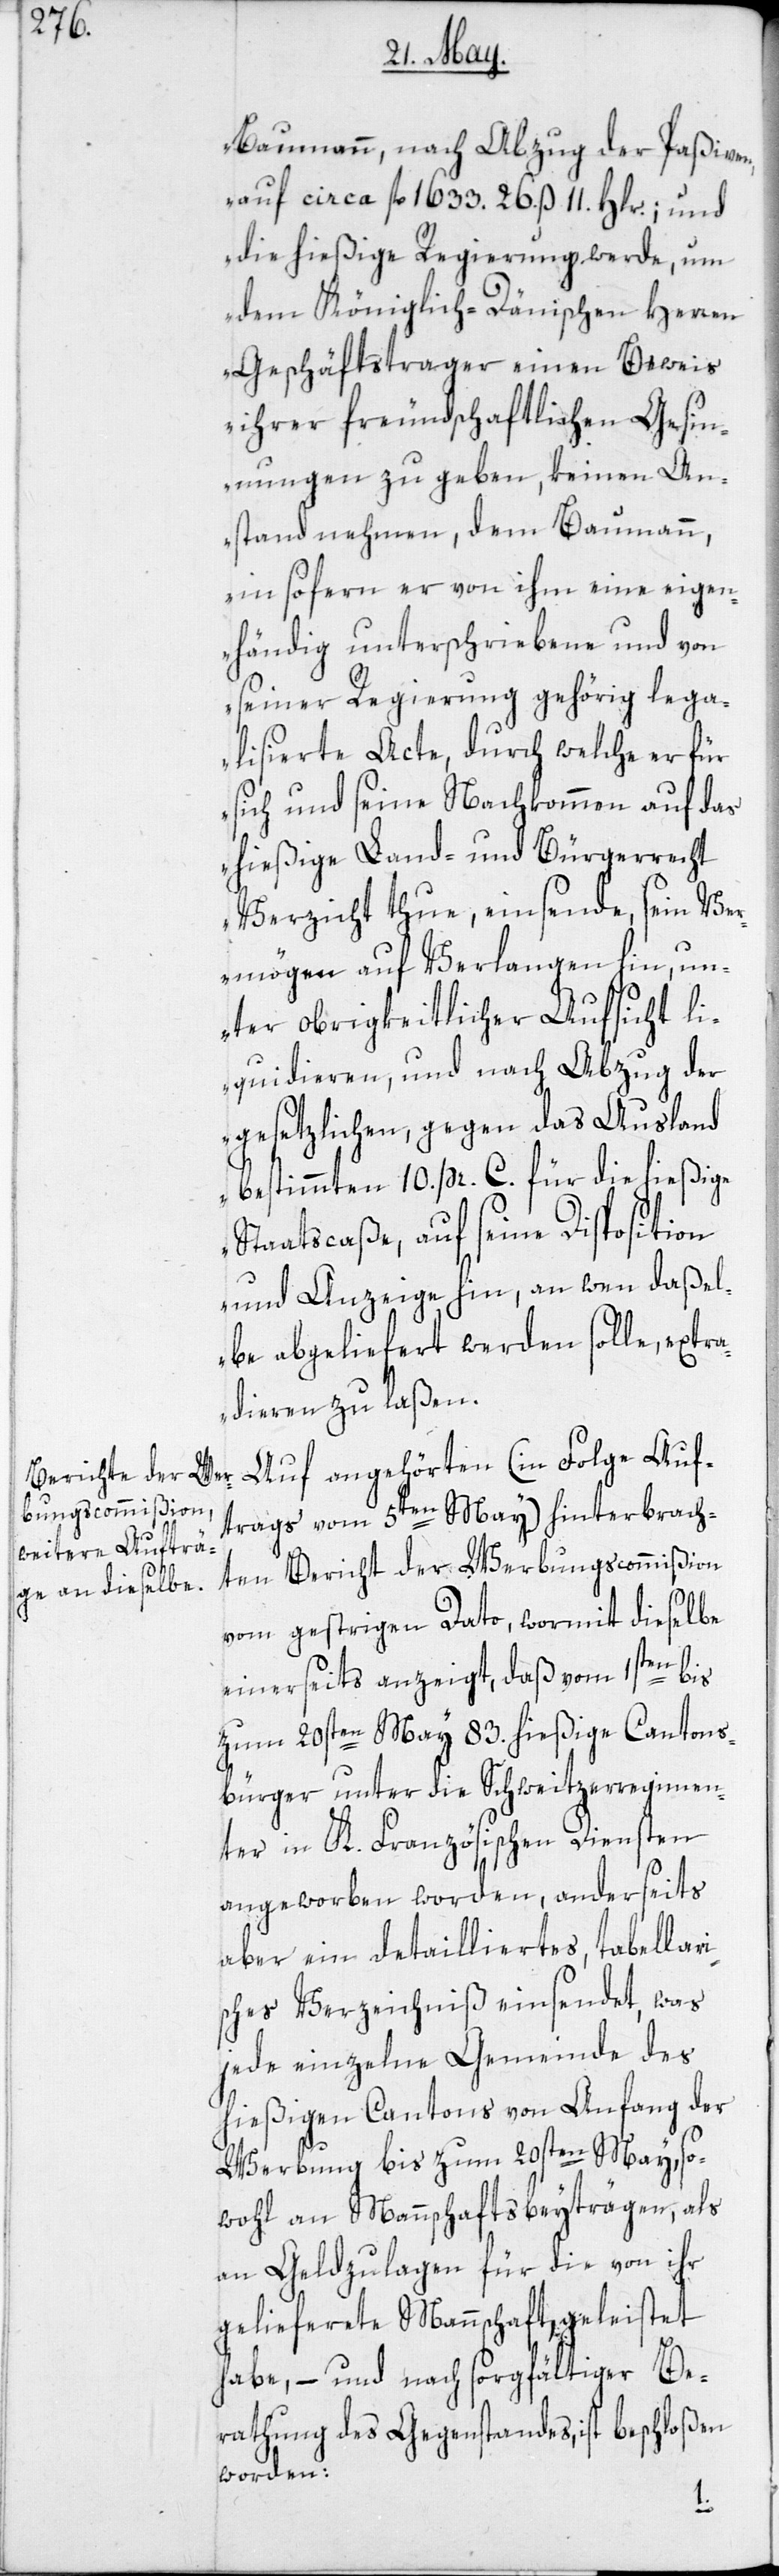
Baumann, nach Abzug der Paßiven,
auf circa fl. 1633. 26. ß 11. Hlr.; und
die hießige Regierung werde, um
dem Königlich-Dänischen Herren
Geschäftstrager einen Beweis
ihrer freundschaftlichen Gesin¬
nungen zu geben, keinen An¬
stand nehmen, dem Baumann,
insofern er von ihm eine eigen¬
händig unterschriebene und von
seiner Regierung gehörig lega¬
lisierte Acte, durch welche er für
sich und seine Nachkommen auf das
hießige Land- und Bürgerrecht
Verzicht thue, einsende, sein Ve¬
rmögen auf Verlangen hin, un¬
ter obrigkeitlicher Aufsicht li¬
quidieren, und nach Abzug der
gesetzlichen, gegen das Ausland
bestimmten 10. pr. C. für die hießige
Staatscaße, auf seine Disposition
und Anzeige hin, an wen daßel¬
be abgeliefert werden solle, extr¬
adieren zu laßen.“
Auf angehörten (in Folge Auf¬
trags vom 5ten May) hinterbrach¬
ten Bericht der Werbungscommißion
vom gestrigen Dato, wormit dieselbe
einerseits anzeigt, daß vom 1sten bis
zum 20sten May 83. hießige Cantons¬
bürger unter die Schweitzerregimen¬
ter in K. Französischen Diensten
angeworben worden, anderseits
aber ein detailliertes, tabellari¬
sches Verzeichniß einsendet, was
jede einzelne Gemeinde des
hießigen Cantons von Anfang der
Werbung bis zum 20sten May, so¬
wohl an Mannschaftsbeyträgen, als
an Geldzulagen für die von ihr
gelieferte Mannschaft, geleistet
habe, – und nach sorgfältiger Be¬
rathung des Gegenstandes, ist beschloßen
worden: